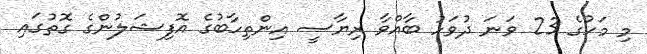
މި މަހުގެ 23 ވަނަ ދުވަހު ބާއްވާ ރިޔާސީ އިންތިހާބުގެ އޮފިޝަލުންގެ ގޮތުގައި